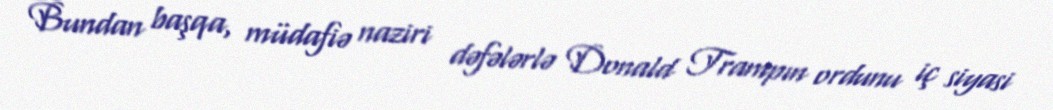
Bundan başqa, müdafiə naziri dəfələrlə Donald Trampın ordunu iç siyasi